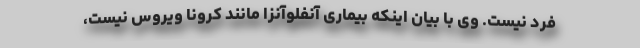
فرد نیست. وی با بیان اینکه بیماری آنفلوآنزا مانند کرونا ویروس نیست،